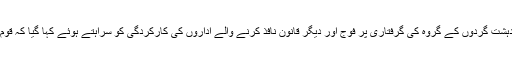
اجلاس میں حیدر آباد جیل توڑنے کا منصوبہ بنانے والے مبینہ دہشت گردوں کے گروہ کی گرفتاری پر فوج اور دیگر قانون نافذ کرنے والے اداروں کی کارکردگی کو سراہتے ہوئے کہا گیا کہ قوم دہشت گردوں کو پھانسی کے پھندوں پر لٹکتا دیکھنا چاہتی ہے۔